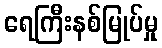
ရေကြီးနစ်မြုပ်မှု